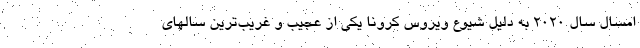
امسال سال 2020 به دلیل شیوع ویروس کرونا یکی از عجیب و غریب‌ترین سالهای